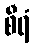
စီရံ